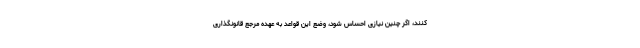
کنند، اگر چنین نیازی احساس شود، وضع این قواعد به عهده مرجع قانونگذاری